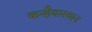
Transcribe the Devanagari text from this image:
कन्हैयास्थान